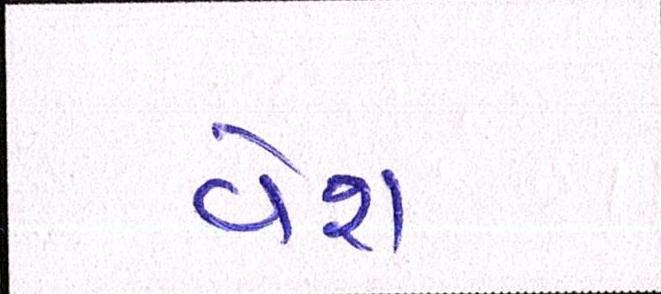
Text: વેશ